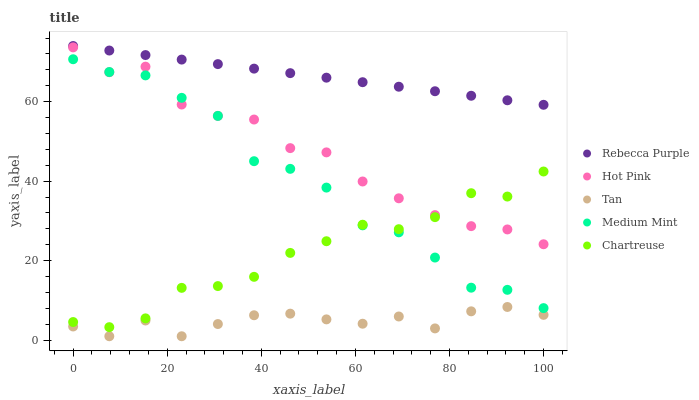
| xaxis_label | Rebecca Purple | Hot Pink | Tan | Medium Mint | Chartreuse |
 | --- | --- | --- | --- | --- | --- |
 | 0 | 74 | 73.7 | 3.46 | 70.7 | 4.58 |
 | 7.69 | 72.9 | 67.4 | 1 | 67.5 | 3.29 |
 | 15.4 | 71.7 | 68.8 | 4.97 | 66.6 | 5.5 |
 | 23.1 | 70.6 | 59.3 | 1 | 61 | 13.2 |
 | 30.8 | 69.5 | 56.4 | 4.07 | 56.4 | 13.6 |
 | 38.5 | 68.3 | 55.5 | 6.28 | 45 | 15.9 |
 | 46.2 | 67.2 | 48.3 | 6.68 | 43.1 | 22 |
 | 53.8 | 66 | 47.2 | 5.24 | 38.4 | 24.9 |
 | 61.5 | 64.9 | 39.9 | 4.15 | 28.9 | 29.1 |
 | 69.2 | 63.8 | 35.7 | 5.97 | 27.1 | 27.9 |
 | 76.9 | 62.6 | 31.5 | 2.97 | 20.8 | 31 |
 | 84.6 | 61.5 | 28.7 | 7.27 | 13.2 | 37 |
 | 92.3 | 60.4 | 27.9 | 8.36 | 12.7 | 36.1 |
 | 100 | 59.2 | 24.1 | 6.38 | 8.08 | 42.4 |